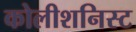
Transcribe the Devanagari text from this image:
कोलीशनिस्ट